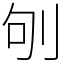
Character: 𠛎